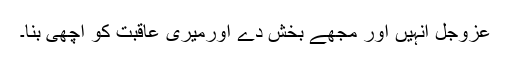
عزوجل انہیں اور مجھے بخش دے اورمیری عاقبت کو اچھی بنا۔